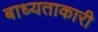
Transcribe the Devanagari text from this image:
बाध्यताकारी